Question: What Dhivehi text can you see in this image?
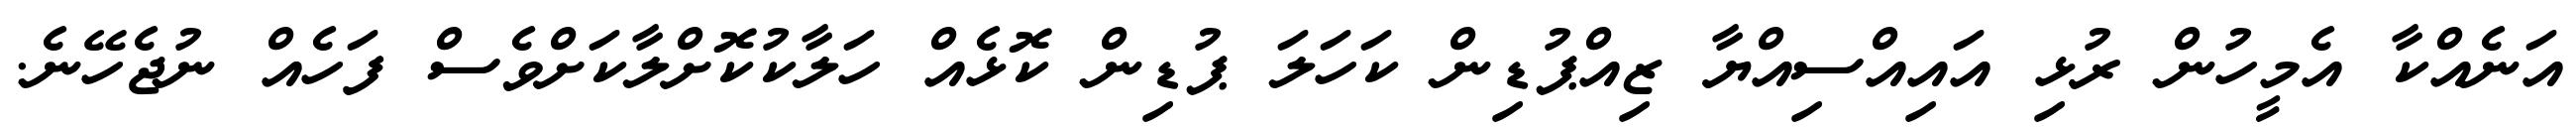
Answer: އަނެއްކާ އެމީހުން ރުޅި އައިއްސިއްޔާ ޒިއްޕުޑިން ކަހަލަ ޕުޑިން ކޮޅެއް ހަލާކުކޮށްލާކަށްވެސް ފަހެއް ނުޖެހޭނެ.